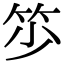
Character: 𥬃